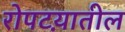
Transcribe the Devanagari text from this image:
रोपटय़ातील